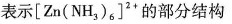
表示[Zn(NH_{3})_{6}]^{2}的部分结构